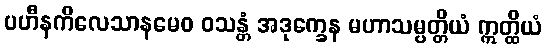
ပဟီနကိလေသာနမေဝ ဝသန္တံ အဒုက္ခေန မဟာသမ္ပတ္တိယံ ဣတ္ထိယံ